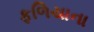
ફળિયાના